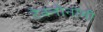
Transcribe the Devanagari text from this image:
टेक्नोनॉमी